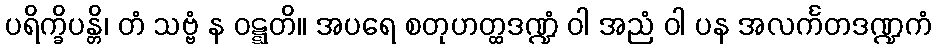
ပရိက္ခိပန္တိ၊ တံ သဗ္ဗံ န ဝဋ္ဋတိ။ အပရေ စတုဟတ္ထဒဏ္ဍံ ဝါ အညံ ဝါ ပန အလင်္ကတဒဏ္ဍကံ